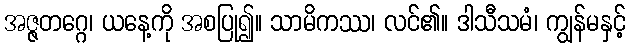
အဇ္ဇတဂ္ဂေ၊ ယနေ့ကို အစပြု၍။ သာမိကဿ၊ လင်၏။ ဒါသီသမံ၊ ကျွန်မနှင့်